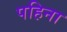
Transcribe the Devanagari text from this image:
पहिना